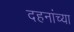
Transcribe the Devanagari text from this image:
दहनांच्या